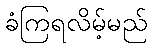
ခံကြရလိမ့်မည်